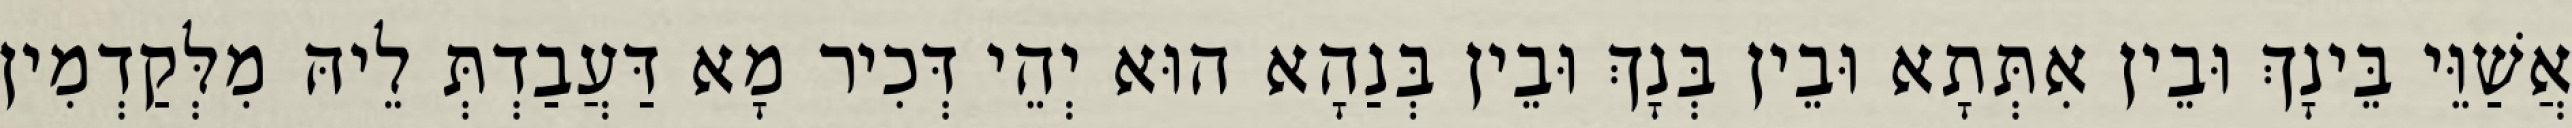
אֲשַׁוֵּי בֵּינָךְ וּבֵין אִתְּתָא וּבֵין בְּנָךְ וּבֵין בְּנַהָא הוּא יְהֵי דְּכִיר מָא דַּעֲבַדְתְּ לֵיהּ מִלְּקַדְמִין